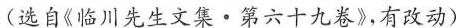
（选自《临川先生文集·第六十九卷》有改动)